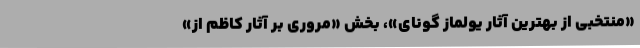
«منتخبی از بهترین آثار يولماز گونای»، بخش «مروری بر آثار کاظم اُز»